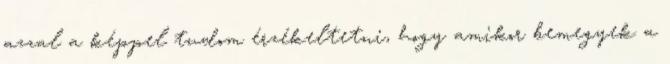
azzal a képpel tudom érzékeltetni, hogy amikor bemegyek a